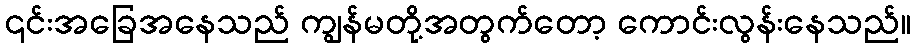
၎င်းအခြေအနေသည် ကျွန်မတို့အတွက်တော့ ကောင်းလွန်းနေသည်။